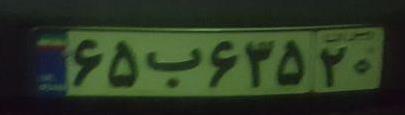
۶۵ب۶۳۵۲۰